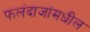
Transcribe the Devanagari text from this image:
फलंदाजांमधील